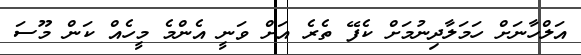
އަލްހާނަށް ހަމަލާދިނުމަށް ކެފޭ ތެރެ އަށް ވަނީ އެންމެ މީހެއް ކަން މޫސަ